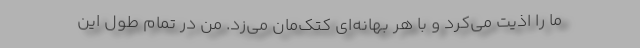
ما را اذیت می‌کرد و با هر بهانه‌ای کتک‌مان می‌زد. من در تمام طول این